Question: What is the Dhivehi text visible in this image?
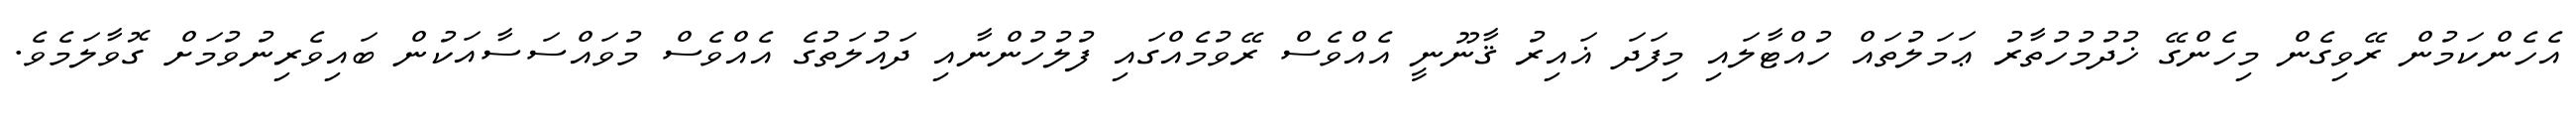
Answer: އެހެންކަމުން ރޭވިގެން މިހެންގޭ ޚުދުމުހުތާރު ޢަމަލުތައް ހުއްޓާލައި މިފަދަ ޣައިރު ޤާނޫނީ އެއްވެސް ރޭވުމެއްގައި ފުލުހުންނާއި ދައުލަތުގެ އެއްވެސް މުވައްސަސާއަކުން ބައިވެރިނުވުމަށް ގޮވާލަމެވެ.